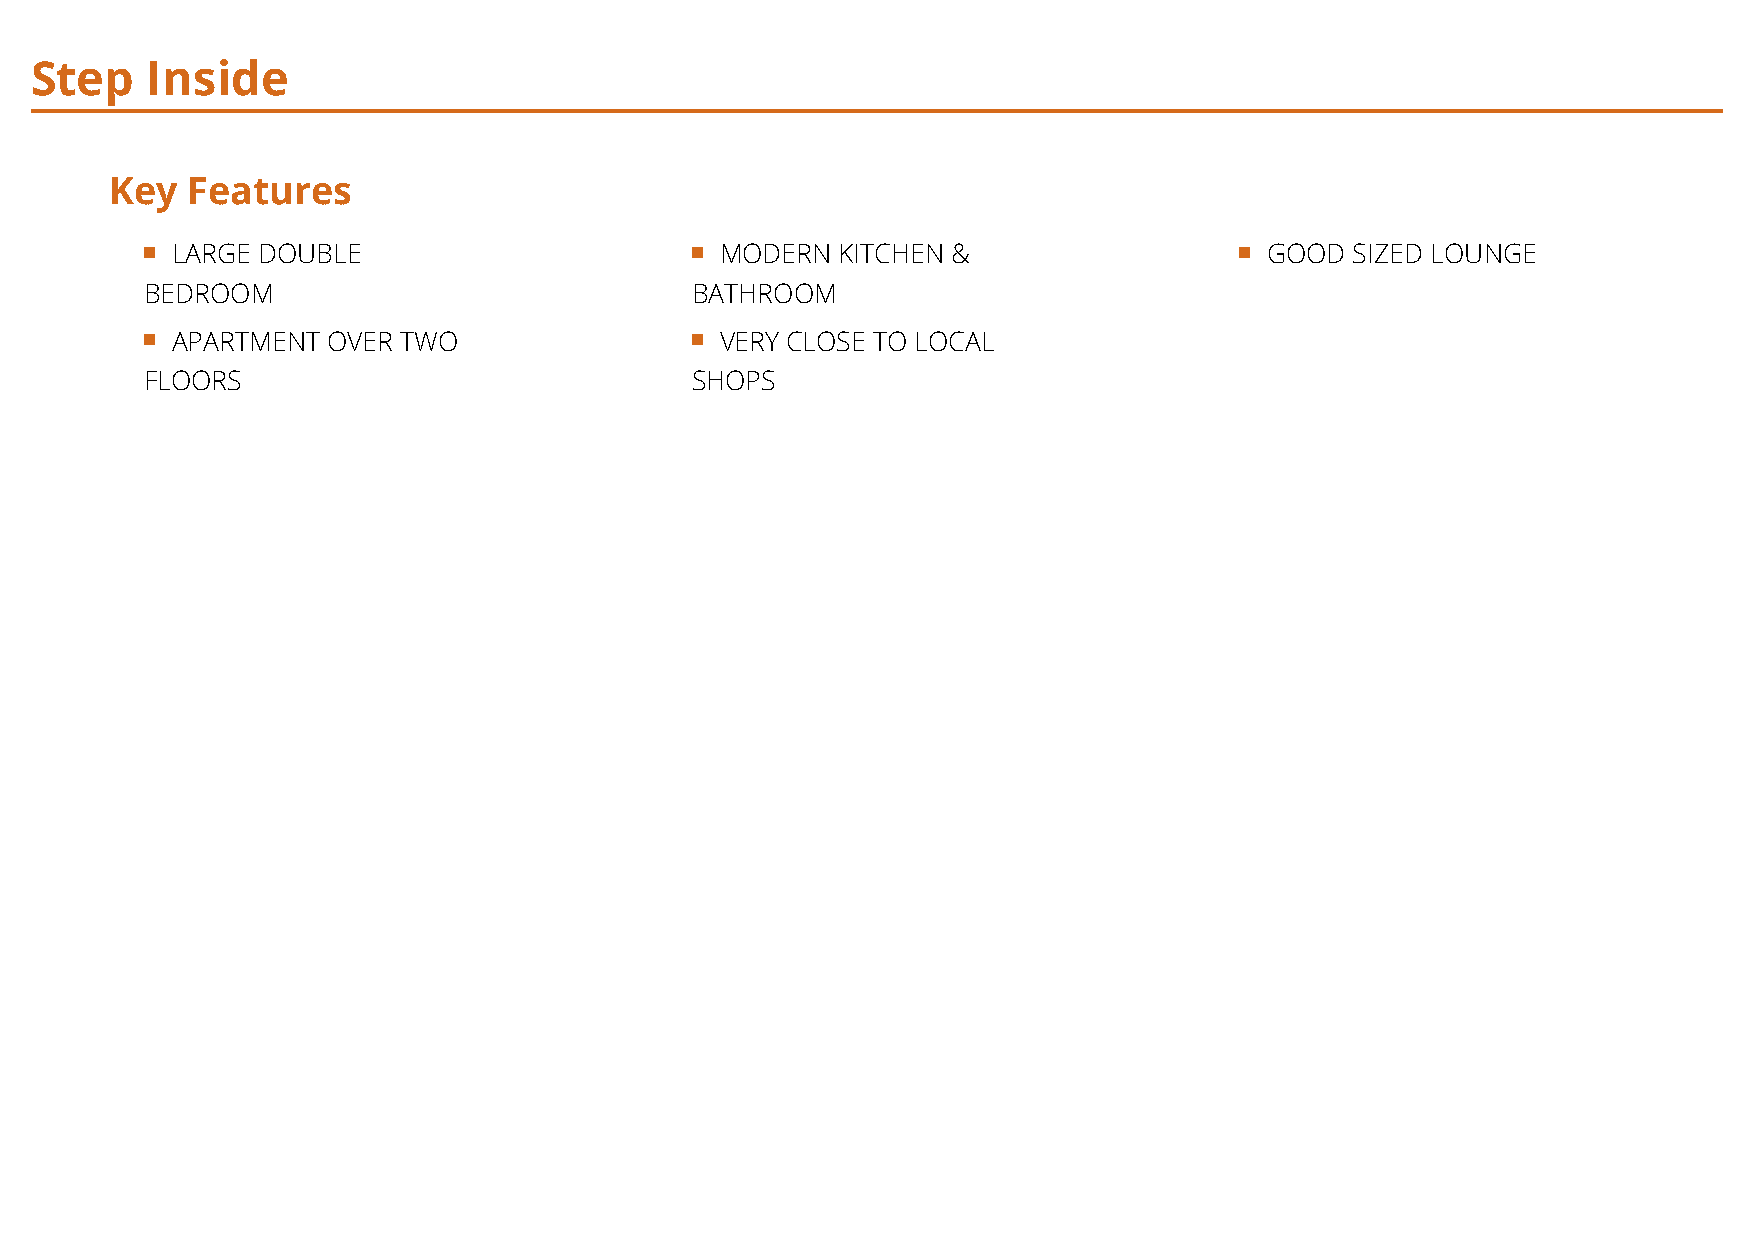
Step    Inside
 Key  Features
 LARGE DOUBLE                         MODERN  KITCHEN &                   GOOD  SIZED LOUNGE
 BEDROOM                             BATHROOM
 APARTMENT  OVER TWO                  VERY CLOSE TO LOCAL
 FLOORS                              SHOPS